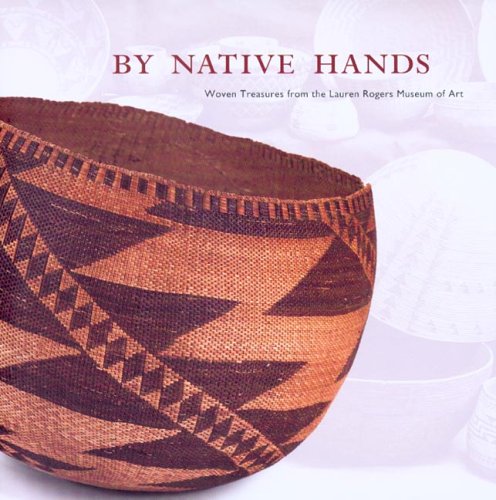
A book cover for By Native Hands: Woven Treasures from the Lauren Rogers Museum of Art; Stephen Cook; Crafts, Hobbies & Home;